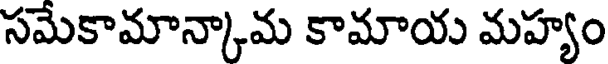
సమేకామాన్కామ కామాయ మహ్యం